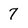
Character: 7